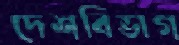
দেশবিভাগ